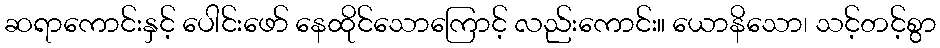
ဆရာကောင်းနှင့် ပေါင်းဖော် နေထိုင်သောကြောင့် လည်းကောင်း။ ယောနိသော၊ သင့်တင့်စွာ